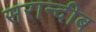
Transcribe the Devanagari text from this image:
सरान्दीब